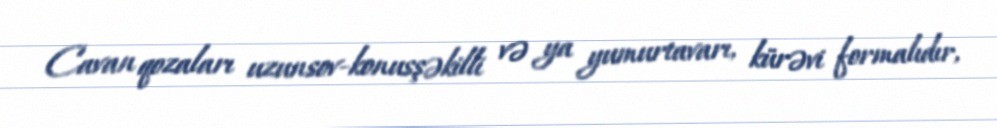
Cavan qozaları uzunsov-konusşəkilli və ya yumurtavarı, kürəvi formalıdır,